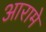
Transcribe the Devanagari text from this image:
आरामे